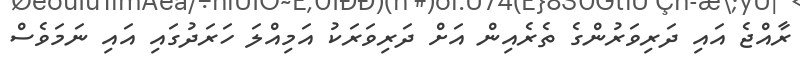
ރާއްޖެ އައި ދަރިވަރުންގެ ތެރެއިން އަށް ދަރިވަރަކު އަމިއްލަ ހަރަދުގައި އައި ނަމަވެސް